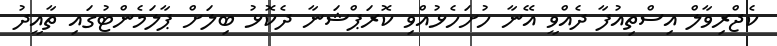
ކެޖްރިވާލް އިސްތިއުފާ ދެއްވީ އޭނާ ހުށަހެޅުއްވި ކޮރަޕްޝަނާ ދެކޮޅު ބިލަށް ޕާލަމެންޓުގައި ތާއީދު